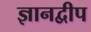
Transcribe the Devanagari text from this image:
ज्ञानद्वीप